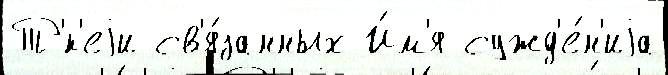
Т'́к'еjи св'я́занных И́м'я сужд'е́н'иjа